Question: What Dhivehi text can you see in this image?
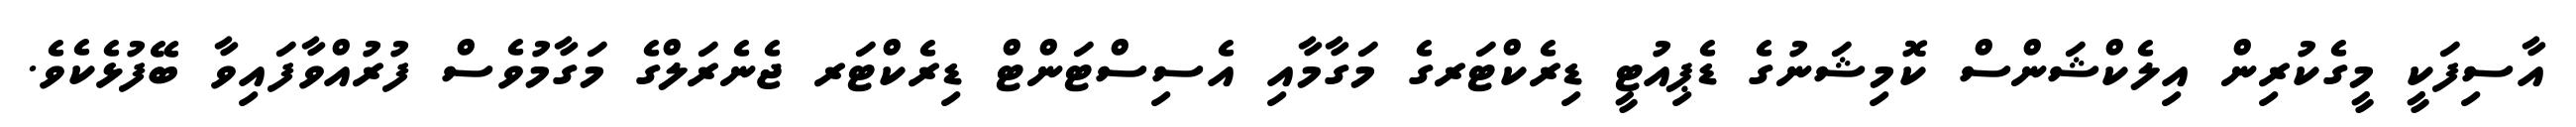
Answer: އާސިފަކީ މީގެކުރިން އިލެކްޝަންސް ކޮމިޝަނުގެ ޑެޕިއުޓީ ޑިރެކްޓަރގެ މަގާމާއި އެސިސްޓަންޓް ޑިރެކްޓަރ ޖެނެރަލްގެ މަގާމުވެސް ފުރުއްވާފައިވާ ބޭފުޅެކެވެ.